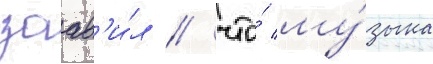
заав'и́л / что́ му́зыка